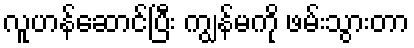
လူဟန်ဆောင်ပြီး ကျွန်မကို ဖမ်းသွားတာ